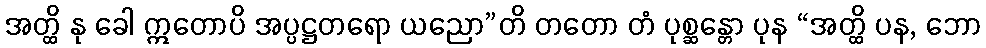
အတ္ထိ နု ခေါ ဣတောပိ အပ္ပဋ္ဌတရော ယညော”တိ တတော တံ ပုစ္ဆန္တော ပုန “အတ္ထိ ပန, ဘော